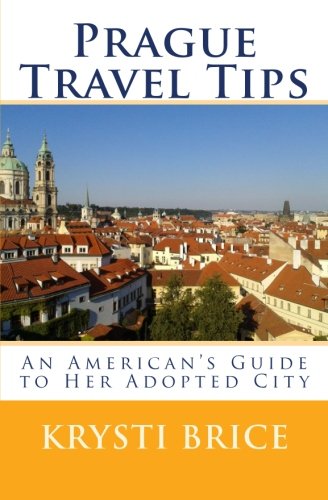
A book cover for Prague Travel Tips: An American's Guide to Her Adopted City; Krysti Brice; Travel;